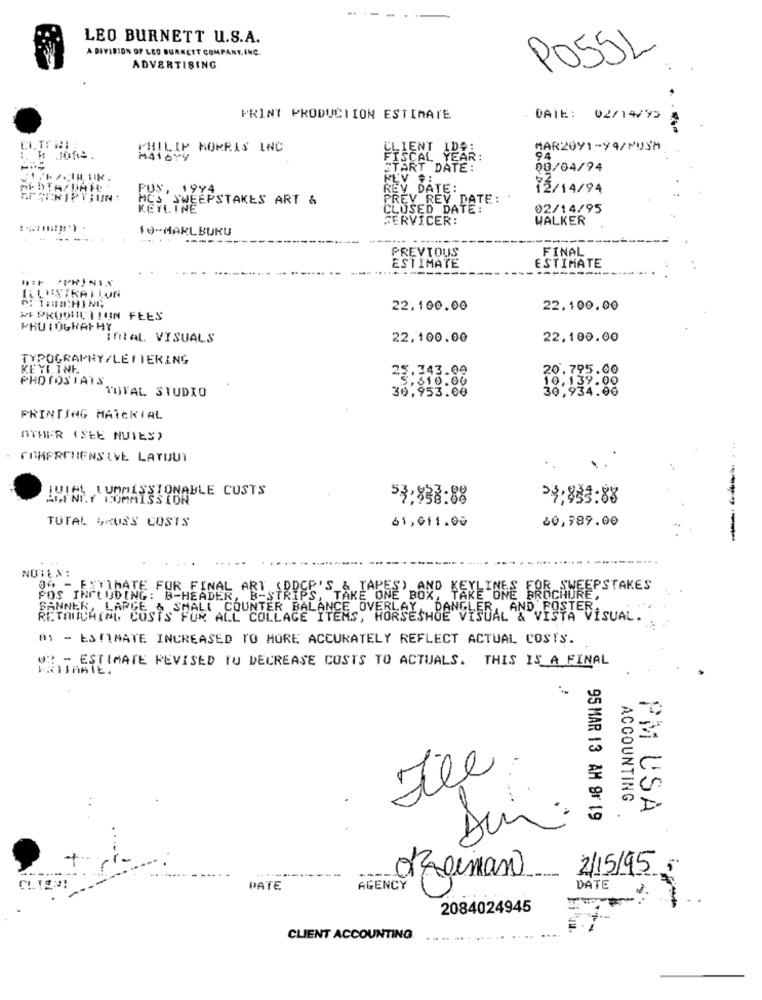
LEO BURNETT U.S.A.
A DIVISION OF LED BURNETT COMPANY, INC.
POSSL
ADVERTISING
PRINT PRODUCTION ESTIMATE
DAIE:
02/14/95
PHILIP MORRIS INC
IDE:
MAR2091-94/PUSH
H JORS
M41099
FISCAL YEAR:
94
START DATE:
08/04/94
REV #:
FUN, 1994
REV DATE:
72/14/94
CHIPBUN:
MCS SWEEPSTAKES ART &
PREV REY DATE: .
KEYLINE
CLUSED DATE:
02/14/95
SERVICER:
WALKER
10-MARLBURU
FINAL
PREVIOUS
ESTIMATE
ESTIMATE
KUNSTRALLON
22,100.00
22.100.00
MI PRODUCTION FEES
Ifital. VISUALS
22,100.00
22,100.00
TYPOGRAPHY/LETTERING
KEYLINK
25.343.00
20.795.00
PHOTOSTATS
5,610.00
10,139.00
TOTAL STUDIO
30,953.00
30,934.00
PRINTING MATERIAL
ATHER (SEE NUIES)
COMPREHENSIVE LAYOUT
!VIEL LUMMISSIONABLE CUSTS
AUFNILY COMMISSION
53:838:88
23;853.88
TUTAL GRUSS COSTS
61,611.00
60,789.00
----
NOTEN:
00 - FITIMATE FOR FINAL ART (DDCP'S & TAPES) AND KEYLINES FOR_SWEEPSTAKES
POS INCLUDING: B-HEADER, B-STRIPS,
E,
SANNER, LARGE
{ COUNTER BALANCE OVERLAY
RETOUCHING, COSTS FOR ALL COLLAGE ITEMS, HORSESHOE VISUAL & VISTA VISUAL.
At - ESTIMATE INCREASED TO MORE ACCURATELY REFLECT ACTUAL COSTS.
VE- ESTIMATE REVISED TU DECREASE COSTS TO ACTUALS. THIS IS A FINAL
ACCOUNTING
PM USA
95 MAR 13 AM 9r 19
CLIS !!
oggiman
2/5/95
DATE
AGENCY
DATE
2084024945
CLIENT ACCOUNTING